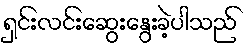
ရှင်းလင်းဆွေးနွေးခဲ့ပါသည်